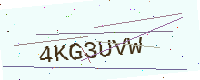
Text: 4KG3UVW